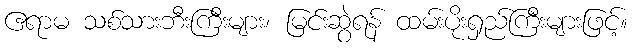
ဧရာမ သစ်သားဘီးကြီးများ၊ မြင်းဆွဲရန် ထမ်းပိုးရှည်ကြီးများဖြင့်။